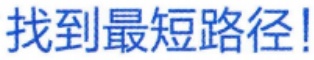
找到最短路径!